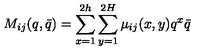
M _ { i j } ( q , \bar { q } ) = \sum _ { x = 1 } ^ { 2 h } \sum _ { y = 1 } ^ { 2 H } \mu _ { i j } ( x , y ) q ^ { x } \bar { q }